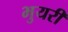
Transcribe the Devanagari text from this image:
भुयरी